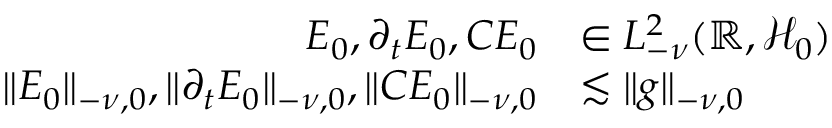
\begin{array} { r l } { E _ { 0 } , \partial _ { t } E _ { 0 } , C E _ { 0 } } & { \in L _ { - \nu } ^ { 2 } ( \mathbb { R } , \mathscr { H } _ { 0 } ) } \\ { \lVert E _ { 0 } \rVert _ { - \nu , 0 } , \lVert \partial _ { t } E _ { 0 } \rVert _ { - \nu , 0 } , \lVert C E _ { 0 } \rVert _ { - \nu , 0 } } & { \lesssim \lVert g \rVert _ { - \nu , 0 } } \end{array}